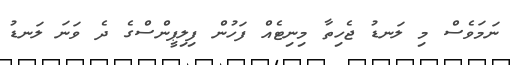
ނަމަވެސް މި ލަނޑު ޖެހިތާ މިނިޓެއް ފަހުން ފިލިޕީންސްގެ ދެ ވަނަ ލަނޑު